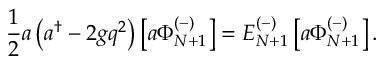
{ \frac { 1 } { 2 } } a \left( a ^ { \dagger } - 2 g q ^ { 2 } \right) \left[ a \Phi _ { N + 1 } ^ { ( - ) } \right] = E _ { N + 1 } ^ { ( - ) } \left[ a \Phi _ { N + 1 } ^ { ( - ) } \right] .